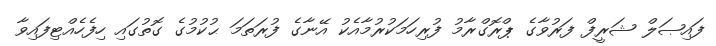
ފައިޞަލް ޝަރީފް ފަރުވާގެ ޕްރޮގްރާމު ފުރިހަމަކުރުމާއެކު އޭނާގެ ފުރަތަމަ ޙުކުމުގެ ގޮތުގައި ހިފެހެއްޓިފައިވާ